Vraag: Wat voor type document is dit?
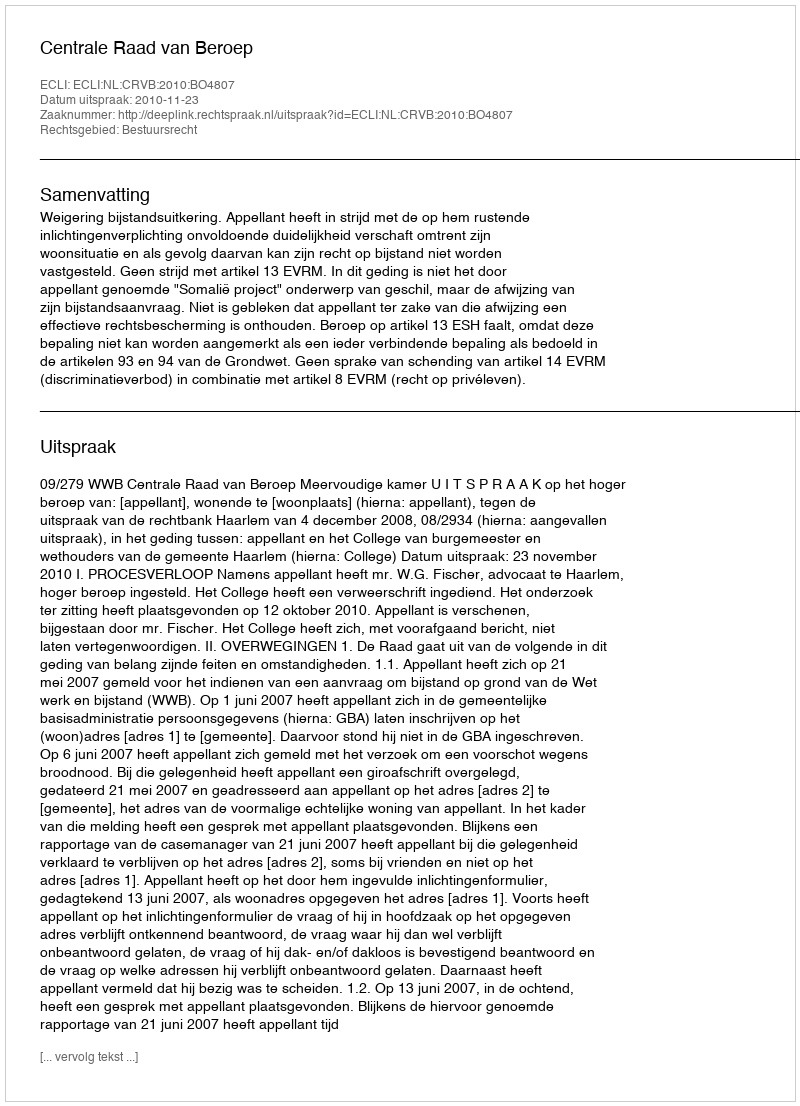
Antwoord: Uitspraak